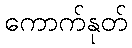
ကောက်နုတ်